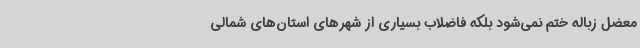
معضل زباله ختم نمی‌شود بلکه فاضلاب بسیاری از شهرهای استان‌های شمالی